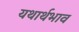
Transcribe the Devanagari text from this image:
यथार्थभाव